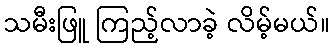
သမီးဖြူ ကြည့်လာခဲ့ လိမ့်မယ်။